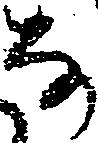
な